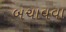
બચાવવા